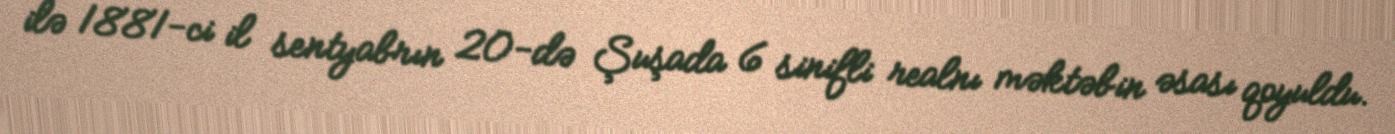
ilə 1881-ci il sentyabrın 20-də Şuşada 6 sinifli realnı məktəbin əsası qoyuldu.